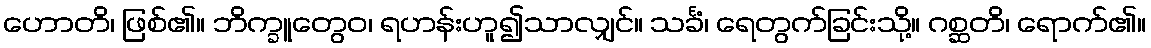
ဟောတိ၊ ဖြစ်၏။ ဘိက္ခူတွေဝ၊ ရဟန်းဟူ၍သာလျှင်။ သင်္ခံ၊ ရေတွက်ခြင်းသို့။ ဂစ္ဆတိ၊ ရောက်၏။